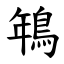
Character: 鵇